Indian journal of veterinary science and animal husbandry - Volumes 22-23, 1952-1953
Year: 1952
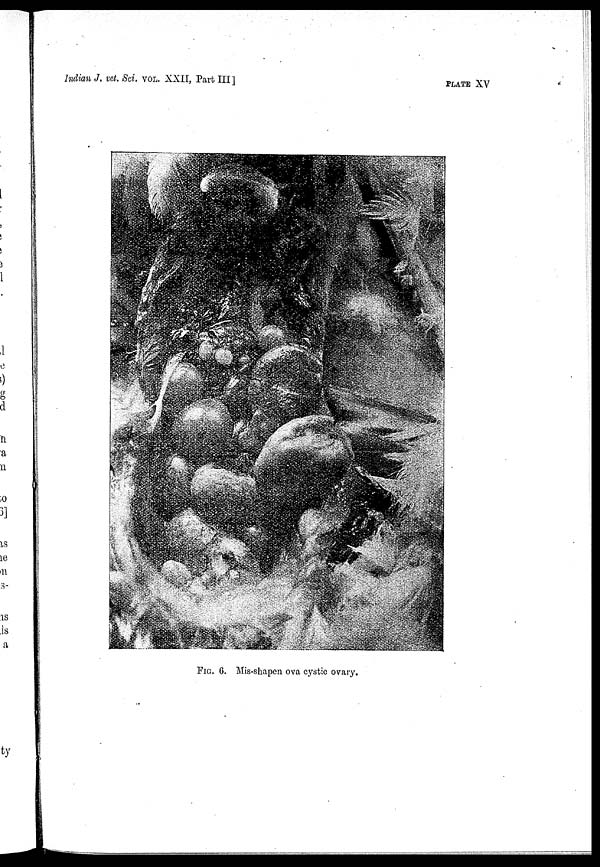
Indian J. vet. Sci. VOL. XXII, Part III ]
PLATE XV
FIG. 6. Mis-shapen ova cystic ovary.